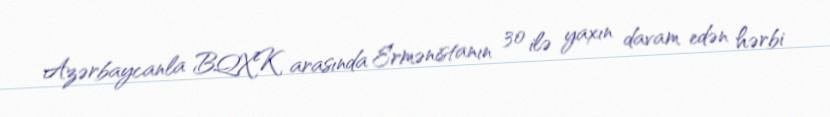
Azərbaycanla BQXK arasında Ermənistanın 30 ilə yaxın davam edən hərbi